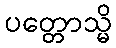
ပတ္တောသ္မိ